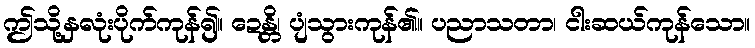
ဤသို့နှလုံးပိုက်ကုန်၍။ ဍေန္တိ၊ ပျံသွားကုန်၏။ ပညာသတာ၊ ငါးဆယ်ကုန်သော။